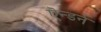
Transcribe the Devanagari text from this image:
ऎन्डर्न